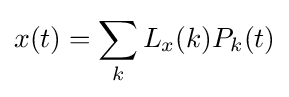
x(t)=\sum _{k}L_{x}(k)P_{k}(t)